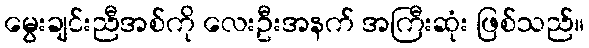
မွေးချင်းညီအစ်ကို လေးဦးအနက် အကြီးဆုံး ဖြစ်သည်။